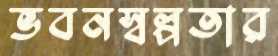
ভবনস্বল্পতার